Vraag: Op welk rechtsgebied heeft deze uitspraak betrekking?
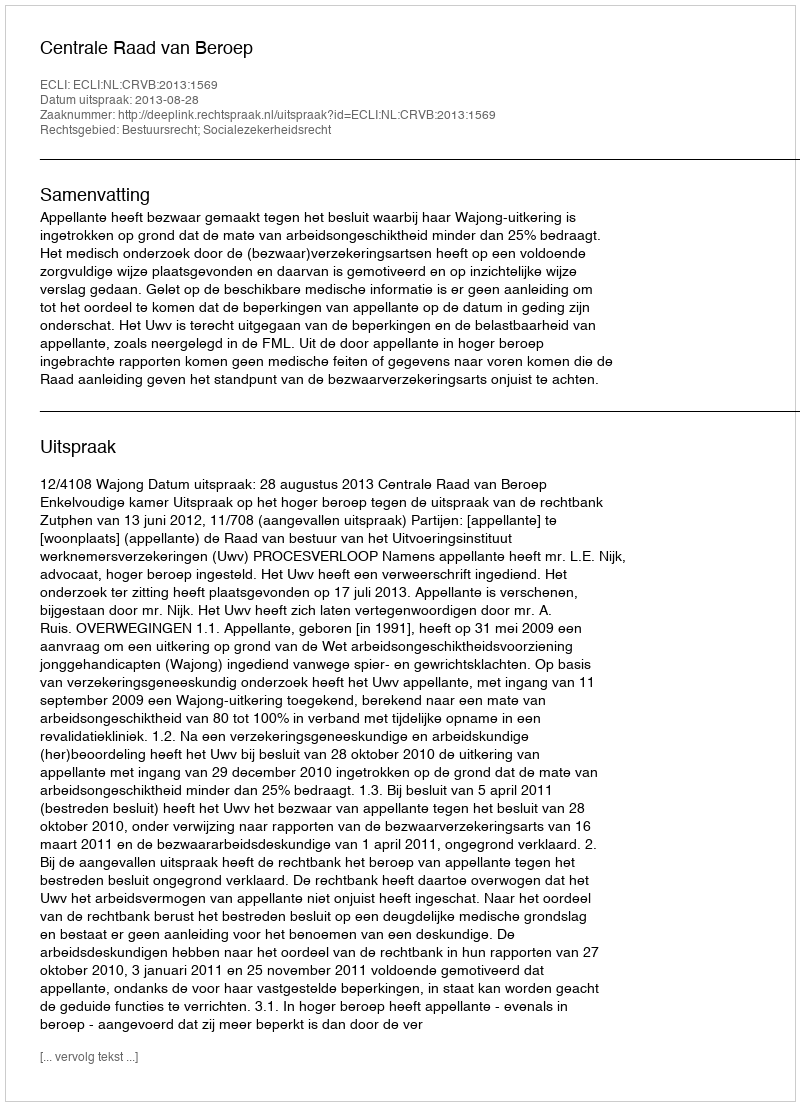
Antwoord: Bestuursrecht; Socialezekerheidsrecht